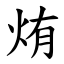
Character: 烠